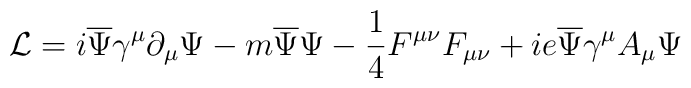
{\mathcal{L}} = i{\overline{\Psi}}\gamma^\mu \partial_\mu\Psi -     m{\overline{\Psi}}\Psi-\frac{1}{4}F^{\mu\nu}F_{\mu\nu}+ie\overline{\Psi} {\gamma^\mu} {A_\mu} {\Psi}